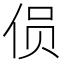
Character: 𱎯